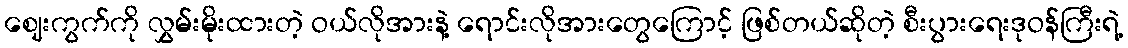
ဈေးကွက်ကို လွှမ်းမိုးထားတဲ့ ဝယ်လိုအားနဲ့ ရောင်းလိုအားတွေကြောင့် ဖြစ်တယ်ဆိုတဲ့ စီးပွားရေးဒုဝန်ကြီးရဲ့